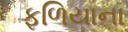
ફળિયાના